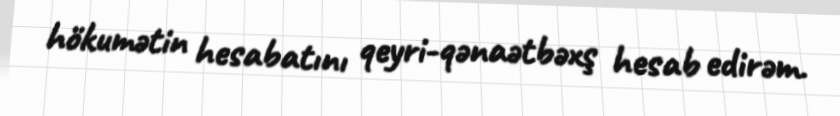
hökumətin hesabatını qeyri-qənaətbəxş hesab edirəm.